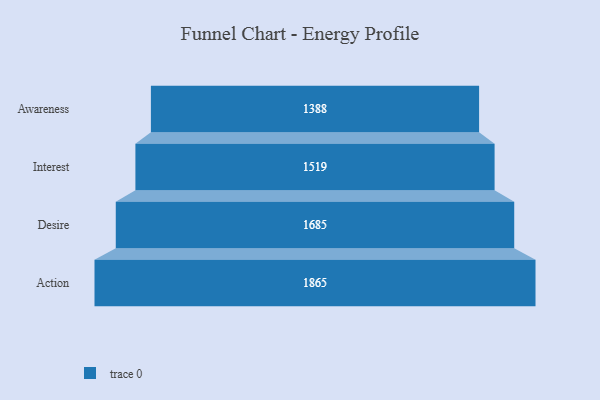
{"axis": {"x": "Stage", "y": "Value"}, "legend": [""], "data": [{"x": "Awareness", "y": 1388.0, "type": ""}, {"x": "Interest", "y": 1519.0, "type": ""}, {"x": "Desire", "y": 1685.0, "type": ""}, {"x": "Action", "y": 1865.0, "type": ""}]}